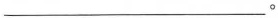
___。